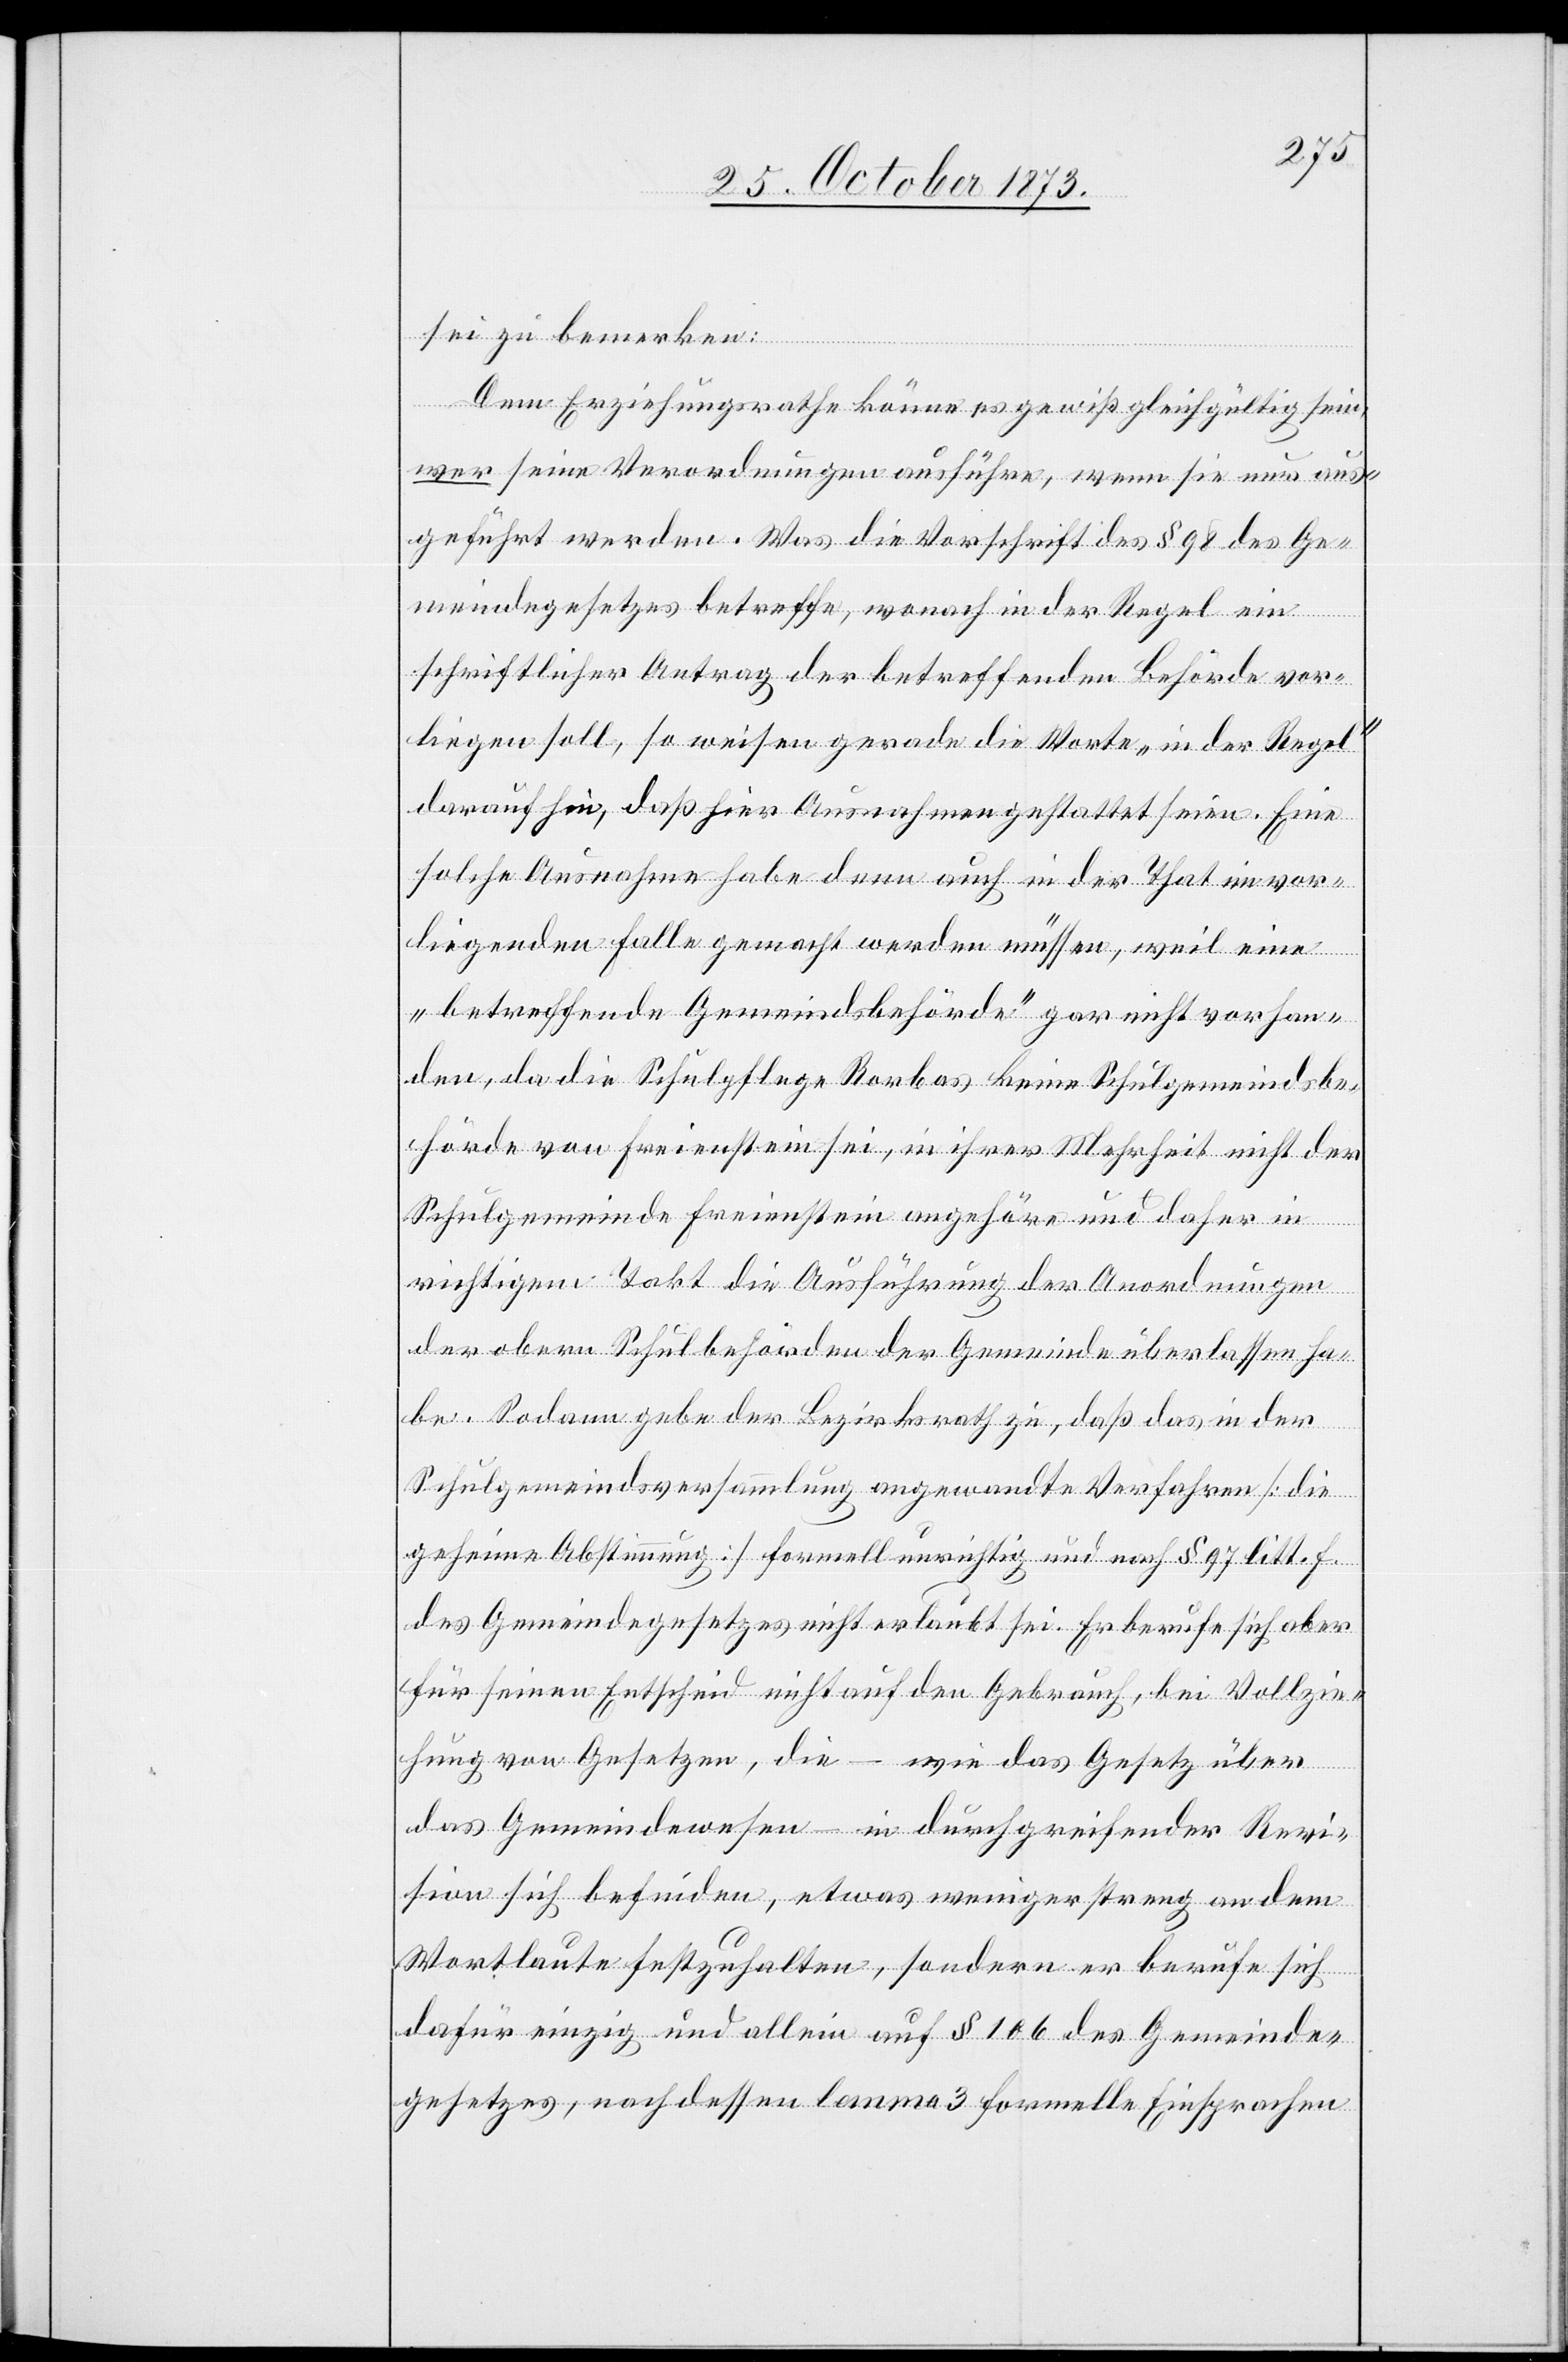
sei zu bemerken:
Dem Erziehungsrathe könne es gewiß gleichgültig sein,
wer seine Verordnungen ausführe, wenn sie nur aus¬
geführt werden. Was die Vorschrift des § 98 des Ge¬
meindegesetzes betreffe, wonach in der Regel ein
schriftlicher Antrag der betreffenden Behörde vor¬
liegen soll, so weisen gerade die Worte „in der Regel“
darauf hin, daß hier Ausnahmen gestattet seien. Eine
solche Ausnahme habe denn auch in der That im vor¬
liegenden Falle gemacht werden müssen, weil eine
„betreffende Gemeindsbehörde“ gar nicht vorhan¬
den, da die Schulpflege Rorbas keine Schulgemeindsbe¬
hörde von Freienstein sei, in ihrer Mehrheit nicht der
Schulgemeinde Freienstein angehöre und daher in
richtigem Takt die Ausführung der Anordnungen
der obern Schulbehörden der Gemeinde überlassen ha¬
be. Sodann gebe der Bezirksrath zu, daß das in der
Schulgemeindsversammlung angewandte Verfahren [die
geheime Abstimmung] formell unrichtig und nach § 97 litt. F.
des Gemeindegesetzes nicht erlaubt sei. Er berufe sich aber
für seinen Entscheid nicht auf den Gebrauch, bei Vollzie¬
hung von Gesetzen, die – wie das Gesetz über
das Gemeindewesen – in durchgreifender Revi¬
sion sich befinden, etwas weniger streng an dem
Wortlaute festzuhalten, sondern er berufe sich
dafür einzig und allein auf § 106 des Gemeinde¬
gesetzes, nach dessen lemma 3 formelle Einsprachen